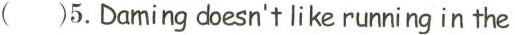
( )5.Daming doesn'tlike running in the